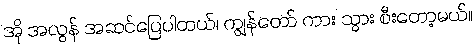
အို အလွန် အဆင်ပြေပါတယ်၊ ကျွန်တော် ကား သွား စီးတော့မယ်။